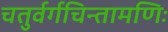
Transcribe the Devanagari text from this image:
चतुर्वर्गचिन्तामणिः